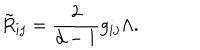
LaTeX: \tilde { R } _ { i j } = \frac 2 { d - 1 } g _ { i j } \Lambda .